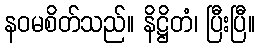
နဝမစိတ်သည်။ နိဋ္ဌိတံ၊ ပြီးပြီ။